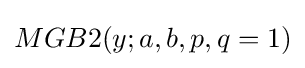
MGB2(y;a,b,p,q=1)